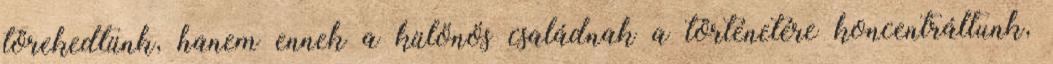
törekedtünk, hanem ennek a különös családnak a történetére koncentráltunk,